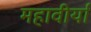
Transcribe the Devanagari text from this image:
महावीर्या